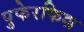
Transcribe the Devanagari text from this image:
पुफेरफिश